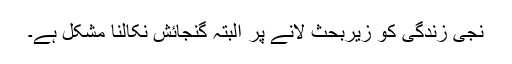
نجی زندگی کو زیربحث لانے پر البتہ گنجائش نکالنا مشکل ہے۔